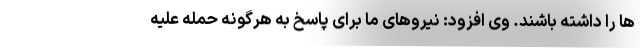
ها را داشته باشند. وی افزود: نیروهای ما برای پاسخ به هرگونه حمله علیه